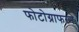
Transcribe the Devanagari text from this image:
फोटोग्राफरने